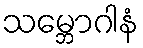
သမ္ဘောဂါနံ